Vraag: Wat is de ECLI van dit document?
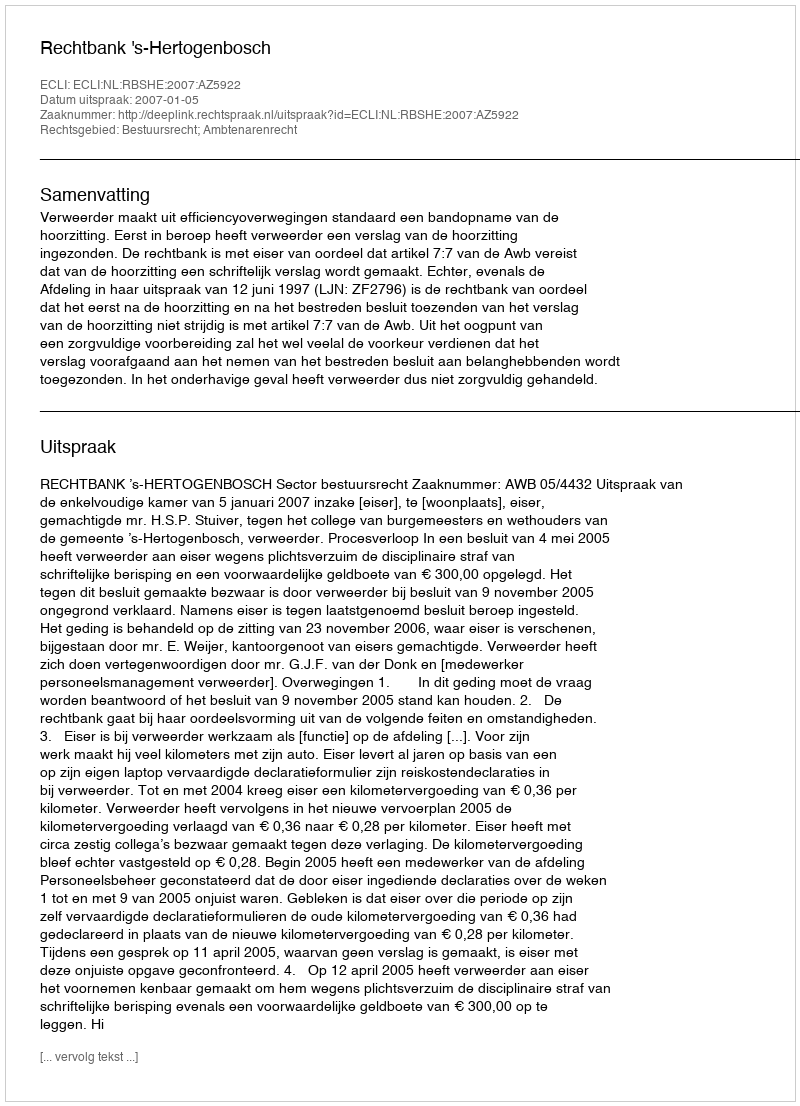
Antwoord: ECLI:NL:RBSHE:2007:AZ5922